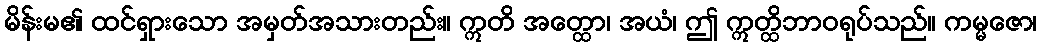
မိန်းမ၏ ထင်ရှားသော အမှတ်အသားတည်း။ ဣတိ အတ္ထော၊ အယံ၊ ဤ ဣတ္ထိဘာဝရုပ်သည်။ ကမ္မဇော၊